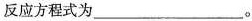
反应方程式为___。